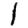
Digit: 1